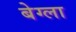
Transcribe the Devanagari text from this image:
बेग्ला